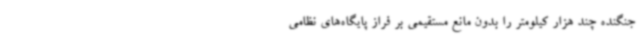
جنگنده چند هزار کیلومتر را بدون مانع مستقیمی بر فراز پایگاه‌های نظامی